Report on vaccination in Madras 1895-1903 - 1895-1903
Year: 1895
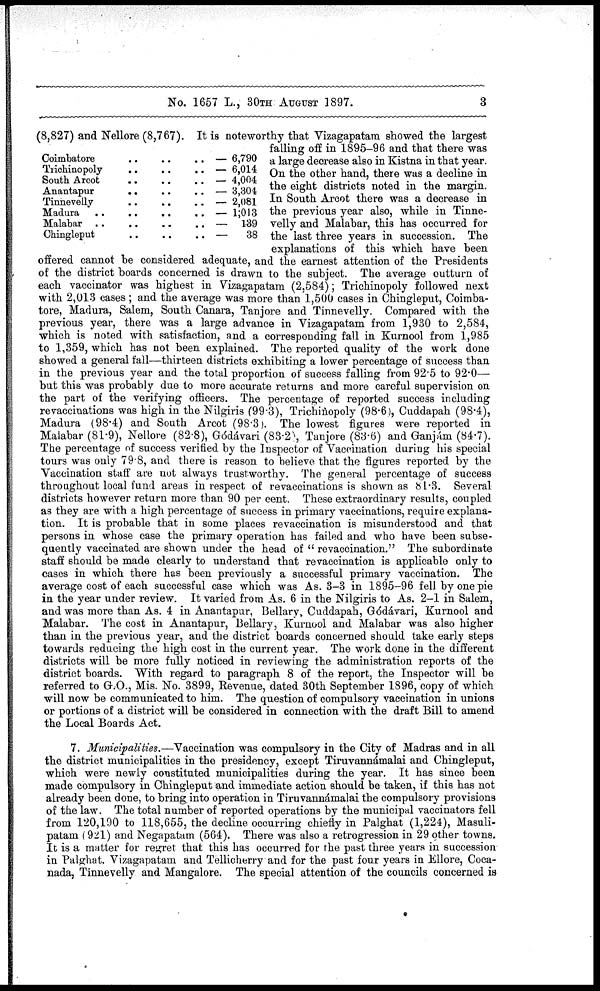
No. 1657 L., 30TH AUGUST 1897.
3
Coimbatore
..
..
..
—
Trichinopoly
..
..
..
—
South Arcot
..
..
..
—
Ananatapur .. .. .. —
Tinnevelly .. .. .. .. —
Madhura .. .. .. .. —
Malabar
..
..
..
..
—
Chingleput .. .. .. —
6,790
6,014
4,004
3,304
2,081
1;013
139
38
(8,827) and Nellore (8,767). It is noteworthy that Vizagapatam showed the largest
falling off in 1895-96 and that there was
a large decrease also in Kistna in that year.
On the other hand, there was a decline in
the eight districts noted in the margin.
In South Arcot there was a decrease in
the previous year also, while in Tinne¬
velly and Malabar, this has occurred for
the last three years in succession. The
explanations of this which have been
offered cannot be considered adequate, and the earnest attention of the Presidents
of the district boards concerned is drawn to the subject. The average outturn of
each vaccinator was highest in Vizagapatam (2,584); Trichinopoly followed next
with 2,013 cases ; and the average was more than 1,500 cases in Chingleput, Coimba¬
tore, Madura, Salem, South Canara, Tanjore and Tinnevelly. Compared with the
previous year, there was a large advance in Vizagapatam from 1,930 to 2,584,
which is noted with satisfaction, and a corresponding fall in Kurnool from 1,985
to 1,359, which has not been explained. The reported quality of the work done
showed a general fall—thirteen districts exhibiting a lower percentage of success than
in the previous year and the total proportion of success falling from 92.5 to 92.0—
but this was probably due to more accurate returns and more careful supervision on
the part of the verifying officers. The percentage of reported success including
revaccinations was high in the Nilgiris (99.3), Trichinopoly (98.6), Cuddapah (98.4),
Madura (98.4) and South Arcot (98.3). The lowest figures were reported in
Malabar (81.9), Nellore (82.8), Gódávari (83.2),Tanjore (83.6) and Ganjám (84.7).
The percentage of success verified by the Inspector of Vaccination during his special
tours was only 79.8, and there is reason to believe that the figures reported by the
Vaccination staff are not always trustworthy. The general percentage of success
throughout local fund areas in respect of revaccinations is shown as 81.3. Several
districts however return more than 90 per cent. These extraordinary results, coupled
as they are with a high percentage of success in primary vaccinations, require explana-
tion. It is probable that in some places revaccination is misunderstood and that
persons in whose case the primary operation has failed and who have been subse-
quently vaccinated are shown under the head of " revaccination." The subordinate
staff should be made clearly to understand that revaccination is applicable only to
cases in which there has been previously a successful primary vaccination. The
average cost of each successful case which was As. 3-3 in 1895-96 fell by one pie
in the year under review. It varied from As. 6 in the Nilgiris to As. 2-1 in Salem,
and was more than As. 4 in Anantapur, Bellary, Cuddapah, Gódávari, Kurnool and
Malabar. The cost in Anantapur, Bellary, Kurnool and Malabar was also higher
than in the previous year, and the district boards concerned should take early steps
towards reducing the high cost in the current year. The work done in the different
districts will be more fully noticed in reviewing the administration reports of the
district boards. With regard to paragraph 8 of the report, the Inspector will be
referred to G.O., Mis. No. 3899, Revenue, dated 30th September 1896, copy of which
will now be communicated to him. The question of compulsory vaccination in unions
or portions of a district will be considered in connection with the draft Bill to amend
the Local Boards Act.
7. Municipalities.—Vaccination was compulsory in the City of Madras and in all
the district municipalities in the presidency, except Tiruvannámalai and Chingleput,
which were newly constituted municipalities during the year. It has since been
made compulsory in Chingleput and immediate action should be taken, if this has not
already been done, to bring into operation in Tiruvannámalai the compulsory provisions
of the law. The total number of reported operations by the municipal vaccinators fell
from 120,190 to 118,655, the decline occurring chiefly in Palghat (1,224), Masuli-
patam (921) and Negapatam (564). There was also a retrogression in 29 other towns.
It is a matter for regret that this has occurred for the past three years in succession
in Palghat. Vizagapatam and Tellicherry and for the past four years in Ellore, Coca¬
nada, Tinnevelly and Mangalore. The special attention of the councils concerned is